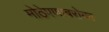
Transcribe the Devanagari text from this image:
मोठेपणाबरोबर